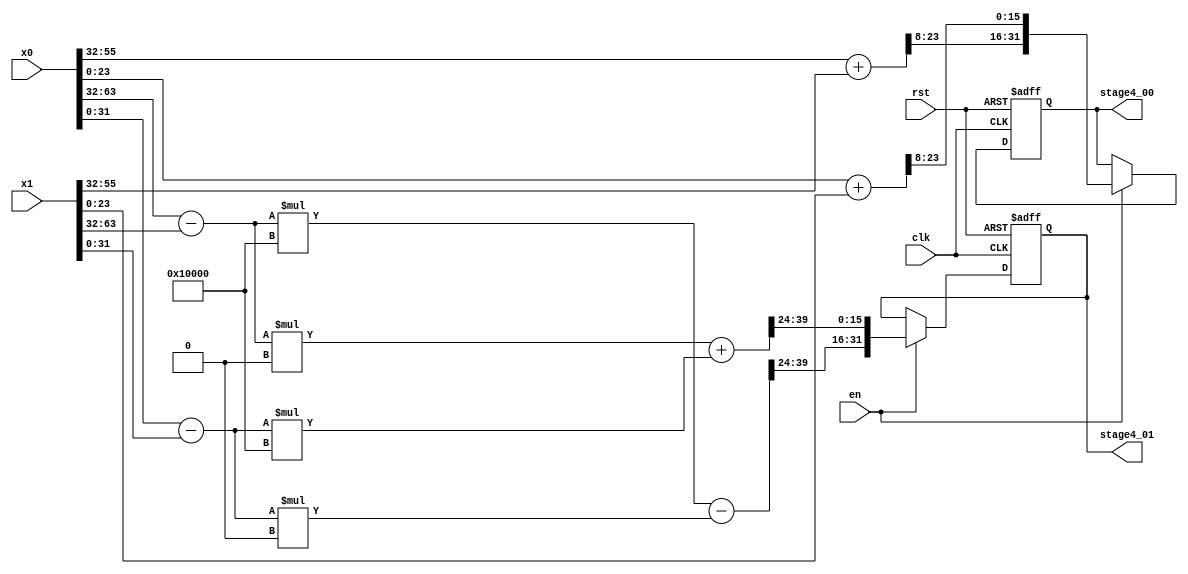
module two_points_butterfly ( clk, rst, en,
                              x0, x1,
                              stage4_00, stage4_01
                            );
input clk, rst;
input en;
input [63:0] x0, x1;
output reg [31:0] stage4_00, stage4_01;

reg [31:0] tmp0_real;
reg [31:0] tmp0_imag;

reg [31:0] s4_00_real;
reg [63:0] s4_01_real;

reg [31:0] s4_00_imag;
reg [63:0] s4_01_imag;

wire [15:0] stage4_00_real;
wire [15:0] stage4_01_real;

wire [15:0] stage4_00_imag;
wire [15:0] stage4_01_imag;

/* Real part */
assign stage4_00_real = s4_00_real[23:8];
assign stage4_01_real = s4_01_real[39:24];

/* Imag part */
assign stage4_00_imag = s4_00_imag[23:8];
assign stage4_01_imag = s4_01_imag[39:24];

always@(*)begin
    tmp0_real = $signed(x0[63:32]) - $signed(x1[63:32]);
    tmp0_imag = $signed(x0[31:0]) - $signed(x1[31:0]);
end

always@(*)begin
    s4_00_real = $signed(x0[63:32]) + $signed(x1[63:32]);
    s4_01_real = $signed(tmp0_real) * $signed(32'h00010000) - $signed(tmp0_imag) * $signed(32'h00000000);
  end
  
  always@(*)begin
    s4_00_imag = $signed(x0[31:0]) + $signed(x1[31:0]);
    s4_01_imag = $signed(tmp0_real) * $signed(32'h00000000) + $signed(tmp0_imag) * $signed(32'h00010000);
  end

always@(posedge clk or posedge rst)begin
    if(rst)begin
      stage4_00 <= 32'd0;
      stage4_01 <= 32'd0;
    end
    else if(en)begin
      stage4_00 <= {stage4_00_real, stage4_00_imag};
      stage4_01 <= {stage4_01_real, stage4_01_imag};
    end
    else begin
    end
end

endmodule